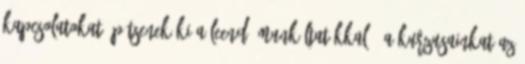
kapcsolatokat építsenek ki a leendő munkáltatókkal. A kurzusainkat az